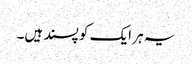
یہ ہر ایک کو پسند ہیں۔